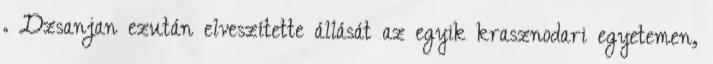
. Dzsanjan ezután elveszítette állását az egyik krasznodari egyetemen,